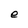
Character: e